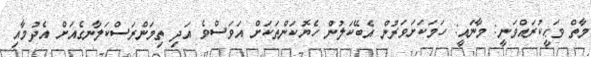
މާތް ވަޙީކުރައްވަނީ: މާނައީ: ހަމަކަށަވަރުން އެބޭކަލުން ހެޔޮކަންތަކަށް އަވަސްވެ އަދި ތިމަންރަސްކަލާނގެއަށް އެދުމާއި